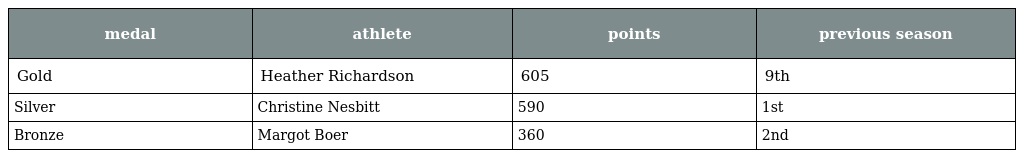
| medal | athlete | points | previous season |
 | --- | --- | --- | --- |
 | Gold | Heather Richardson | 605 | 9th |
 | Silver | Christine Nesbitt | 590 | 1st |
 | Bronze | Margot Boer | 360 | 2nd |